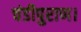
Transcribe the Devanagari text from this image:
चंडीपुराण।